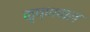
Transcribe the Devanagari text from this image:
कृष्णपाल